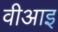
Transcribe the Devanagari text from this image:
वीआइ